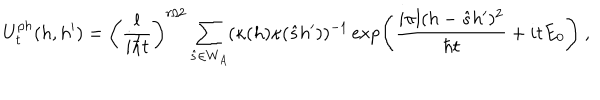
U _ { t } ^ { p h } ( h , h ^ { \prime } ) = \left( \frac { l } { i \hbar t } \right) ^ { r / 2 } \sum _ { \hat { s } \in W _ { A } } ( \kappa ( h ) \kappa ( \hat { s } h ^ { \prime } ) ) ^ { - 1 } \exp \left( \frac { i \pi l ( h - \hat { s } h ^ { \prime } ) ^ { 2 } } { \hbar t } + i t E _ { 0 } \right) \ ,